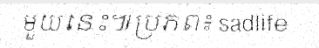
មួយនេះ៕ប្រភព៖ sadlife